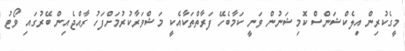
މީގެކުރިން އިލެކްޝަންސް ކޮމިޝަނުން ވަނީ ކަމާބެހޭ ފަރާތްތަކާއެކީ މަޝްވަރާކުރުމަށްފަހު ރާއްޖެއިން ބޭރުގައި ވޯޓު